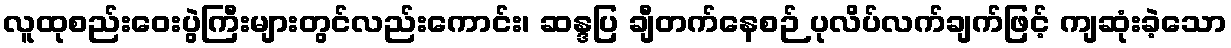
လူထုစည်းဝေးပွဲကြီးများတွင်လည်းကောင်း၊ ဆန္ဒပြ ချီတက်နေစဉ် ပုလိပ်လက်ချက်ဖြင့် ကျဆုံးခဲ့သော